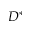
D ^ { * }